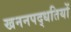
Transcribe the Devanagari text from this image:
खननपद्धतियों